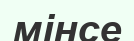
мінсе